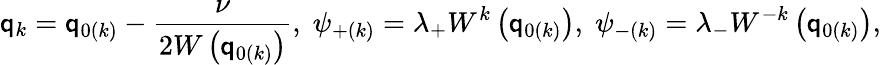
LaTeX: \mathsf{q}_{k}=\mathsf{q}_{0\left(k\right)}-\frac{\nu}{{2W\left(\mathsf{q}_{0\left(k\right)}\right)}},\; \psi_{+\left(k\right)}=\lambda_{+}W^{k}\left(\mathsf{q}_{0\left(k\right)}\right),\; \psi_{-\left(k\right)}=\lambda_{-}W^{-k}\left(\mathsf{q}_{0\left(k\right)}\right),